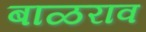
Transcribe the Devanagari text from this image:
बाळराव